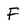
Character: F